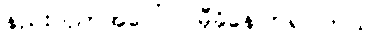
နည်းပညာအပေါ်ပဲ မှီခိုနေကြရပါတယ်။